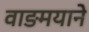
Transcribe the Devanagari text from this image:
वाङमयाने